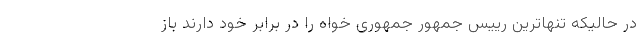
در حالیکه تنهاترین رییس جمهور جمهوری خواه را در برابر خود دارند باز